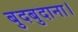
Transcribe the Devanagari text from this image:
बुदबुदाना।